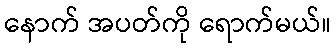
နောက် အပတ်ကို ရောက်မယ်။